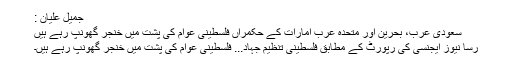
جمیل علیان :
سعودی عرب، بحرین اور متحدہ عرب امارات کے حکمراں فلسطینی عوام کی پشت میں خنجر گھونپ رہے ہیں
رسا نیوز ایجنسی کی رپورٹ کے مطابق فلسطینی تنظیم جہاد... فلسطینی عوام کی پشت میں خنجر گھونپ رہے ہیں۔